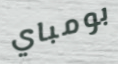
بومباي